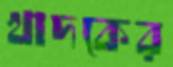
খাদকের